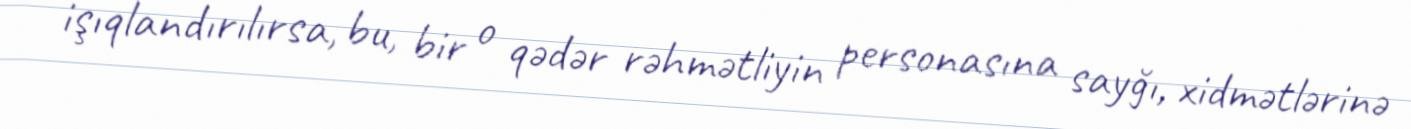
işıqlandırılırsa, bu, bir o qədər rəhmətliyin personasına sayğı, xidmətlərinə